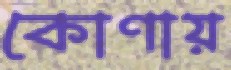
কোণায়